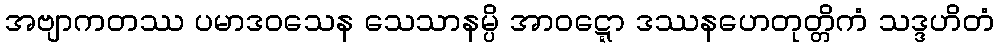
အဗျာကတဿ ပမာဒဝသေန သေသာနမ္ပိ အာဝဋ္ဋော ဒဿနဟေတုတ္တိကံ သဒ္ဒဟိတံ